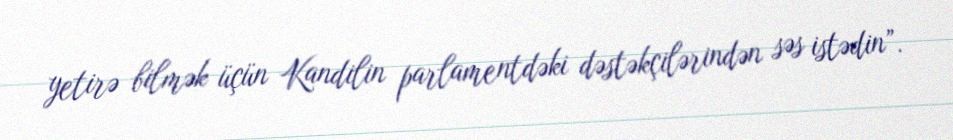
yetirə bilmək üçün Kandilin parlamentdəki dəstəkçilərindən səs istədin”.